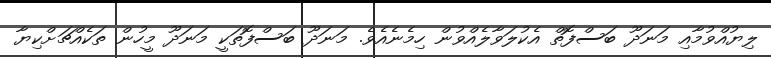
ލިޔުއްވުމާއި މަނަދޫ ބަސްފޮތް އެކުލަވާލެއްވުން ހިމެނެއެވެ. މަނަދޫ ބަސްފޮތަކީ މަނަދޫ މީހުން ތަކެއްޗަށްކިޔާ